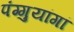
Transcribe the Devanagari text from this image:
पंग्गुयांगां